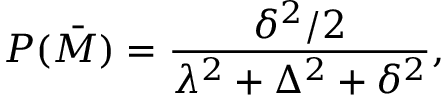
P ( \bar { M } ) = { \frac { \delta ^ { 2 } / 2 } { \lambda ^ { 2 } + \Delta ^ { 2 } + \delta ^ { 2 } } } ,